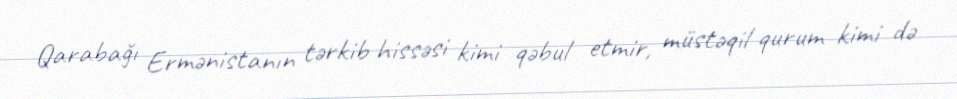
Qarabağı Ermənistanın tərkib hissəsi kimi qəbul etmir, müstəqil qurum kimi də